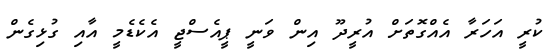
ކުރީ އަހަރާ އެއްގޮތަށް އުރީދޫ އިން ވަނީ ޕީއެސްޖީ އެކެޑެމީ އާއި ގުޅިގެން